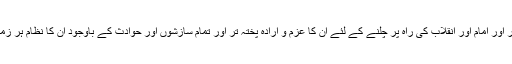
لوگوں کا عشق اور ان کی استقامت عمیق تر اور امام اور انقلاب کی راہ پر چلنے کے لئے ان کا عزم و ارادہ پختہ تر اور تمام سازشوں اور حوادث کے باوجود ان کا نظام ہر زمانے سے زیادہ پرثبات اور مستحکم تر تها۔